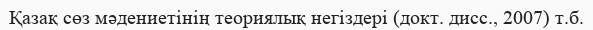
Қазақ сөз мәдениетінің теориялық негіздері (докт. дисс., 2007) т.б.